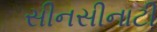
સીનસીનાટી